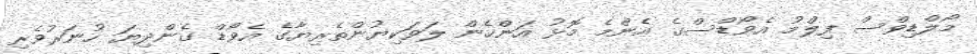
މޯލްޑިވްސް ފިލްމު އެވޯޑްސްގެ އެންމެ މޮޅު އަންހެން ލަވަކިޔުންތެރިޔާގެ އެވޯޑް ގެންދިޔަ ހުނަރުވެރި